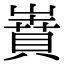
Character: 𡼝